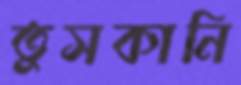
তুসকানি